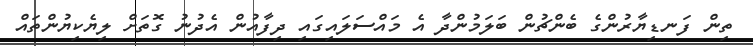
ތިން ފަނޑިޔާރުންގެ ބެންޗުން ބަލަމުންދާ އެ މައްސަލައިގައި ދިފާއުން އެދުނު ގޮތަށް ލިޔެކިޔުންތައް